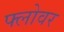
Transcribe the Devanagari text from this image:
फ्लोवर